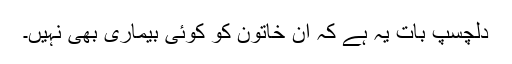
دلچسپ بات یہ ہے کہ ان خاتون کو کوئی بیماری بھی نہیں۔